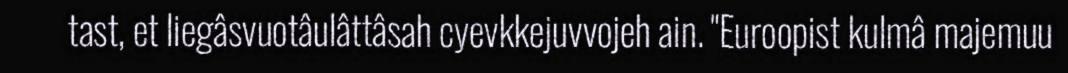
tast, et liegâsvuotâulâttâsah cyevkkejuvvojeh ain. "Euroopist kulmâ majemuu